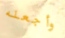
وأجعله